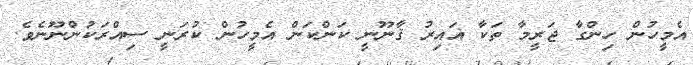
އެމީހުން ހިންގާ ޖަރީމާ ތަކާ ޣައިރު ޤާނޫނީ ކަންކަން އެމީހުން ކުރަނީ ސިއްރަކުންނޫނެވެ.